Scottish Leaving Certificate Examination, 1952
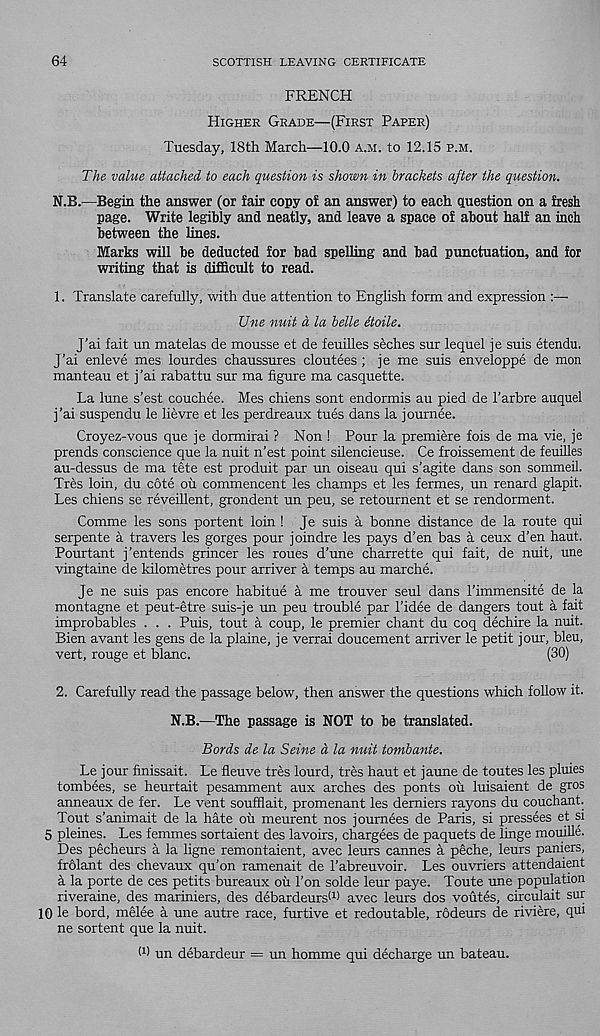
64
SCOTTISH LEAVING CERTIFICATE
FRENCH
Higher Grade—(First Paper)
Tuesday, 18th March—10.0 A.M. to 12.15 p.m.
The value attached to each question is shown in brackets after the question.
N.B.—Begin the answer (or fair copy of an answer) to each question on a fresh
page. Write legibly and neatly, and leave a space of about half an inch
between the lines.
Marks will be deducted for bad spelling and bad punctuation, and for
writing that is difficult to read.
1. Translate carefully, with due attention to English form and expression
line nuit d la belle etoile.
J’ai fait un matelas de mousse et de feuilles seches sur lequel je suis etendu.
J’ai enleve mes lourdes chaussures cloutees ; je me suis enveloppe de mon
manteau et j’ai rabattu sur ma figure ma casquette.
La lune s’est couchee. Mes chiens sont endormis au pied de I’arbre auquel
j’ai suspendu le lievre et les perdreaux tues dans la journee.
Croyez-vous que je dormirai ? Non ! Pour la premiere fois de ma vie, je
prends conscience que la nuit n’est point silencieuse. Ce froissement de feuilles
au-dessus de ma tete est produit par un oiseau qui s’agite dans son sommeil.
Tres loin, du cote ou commencent les champs et les femes, un renard glapit.
Les chiens se reveillent, grondent un peu, se retournent et se rendorment.
Comme les sons portent loin ! Je suis a bonne distance de la route qui
serpente a travers les gorges pour joindre les pays d’en bas a ceux d’en haut.
Pourtant j’entends grincer les roues d’une charrette qui fait, de nuit, une
vingtaine de kilometres pour arriver a temps au marche.
Je ne suis pas encore habitue a me trouver seul dans I’immensite de la
montagne et peut-etre suis-je un peu trouble par 1’idee de dangers tout a fait
improbables . . . Puis, tout a coup, le premier chant du coq dechire la nuit.
Bien avant les gens de la plaine, je verrai doucement arriver le petit jour, bleu,
vert, rouge et blanc.
(30)
2. Carefully read the passage below, then answer the questions which follow it.
N.B.—The passage is NOT to be translated.
Bords de la Seine d la nuit tombante.
Le jour finissait. Le fleuve tres lourd, tres haut et jaune de toutes les pluies
tombees, se heurtait pesamment aux arches des ponts ou luisaient de gros
anneaux de fer. Le vent souffiait, promenant les demiers rayons du couchant.
Tout s’animait de la hate oil meurent nos joumees de Paris, si pressees et si
5 pleines. Les femmes sortaient des lavoirs, chargees de paquets de linge mouille.
Des pecheurs a la ligne remontaient, avec leurs Cannes a peche, leurs paniers,
frolant des chevaux qu’on ramenait de 1’abreuvoir. Les ouvriers attendaient
a la porte de ces petits bureaux ou 1’on solde leur paye. Toute une population
riveraine, des mariniers, des debardeurs (1) avec leurs dos voutes, circulait sur
10 le bord, melee a une autre race, furtive et redoutable, rodeurs de riviere, qui
ne sortent que la nuit.
O) un debardeur = un homme qui decharge un bateau.